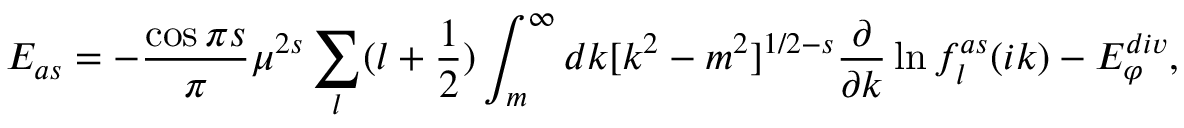
E _ { a s } = - { \frac { \cos { \pi s } } { \pi } } \mu ^ { 2 s } \sum _ { l } ( l + \frac 1 2 ) \int _ { m } ^ { \infty } d k [ k ^ { 2 } - m ^ { 2 } ] ^ { 1 / 2 - s } \frac { \partial } { \partial k } \ln f _ { l } ^ { a s } ( i k ) - E _ { \varphi } ^ { d i v } ,